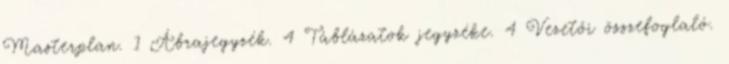
Masterplan. 1 Ábrajegyzék. 4 Táblázatok jegyzéke. 4 Vezetői összefoglaló.